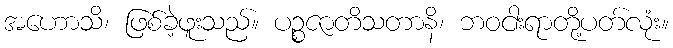
အဟောသိ၊ ဖြစ်ခဲ့ဖူးသည်။ ပဉ္စဇာတိသတာနိ၊ ဘဝငါးရာတို့ပတ်လုံး။